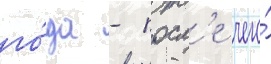
го́да - посл'е чего́